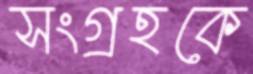
সংগ্রহকে